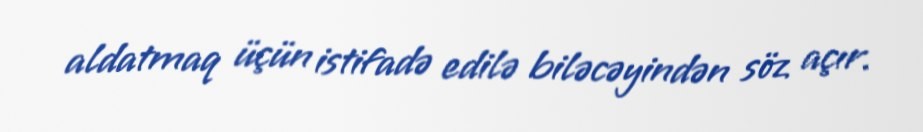
aldatmaq üçün istifadə edilə biləcəyindən söz açır.